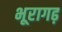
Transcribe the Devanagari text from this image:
भूरागढ़